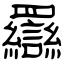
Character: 羉